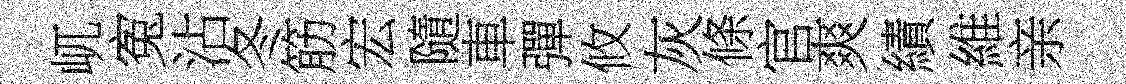
屼寃沾冬筋宏隨車彈攸灰條官爽績維亲